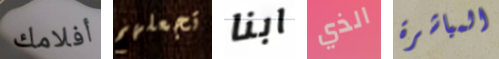
أفلامك تجعلهم ابنا الذي المباشرة